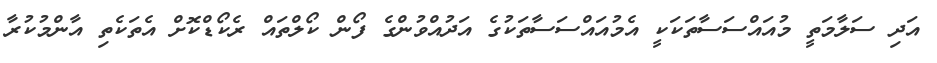
އަދި ސަލާމަތީ މުއައްސަސާތަކަކީ އެމުއައްސަސާތަކުގެ އަދުއްވުންގެ ފޯން ކޯލްތައް ރެކޯޑްކޮށް އެތަކެތި އާންމުކުރާ